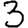
Digit: 3